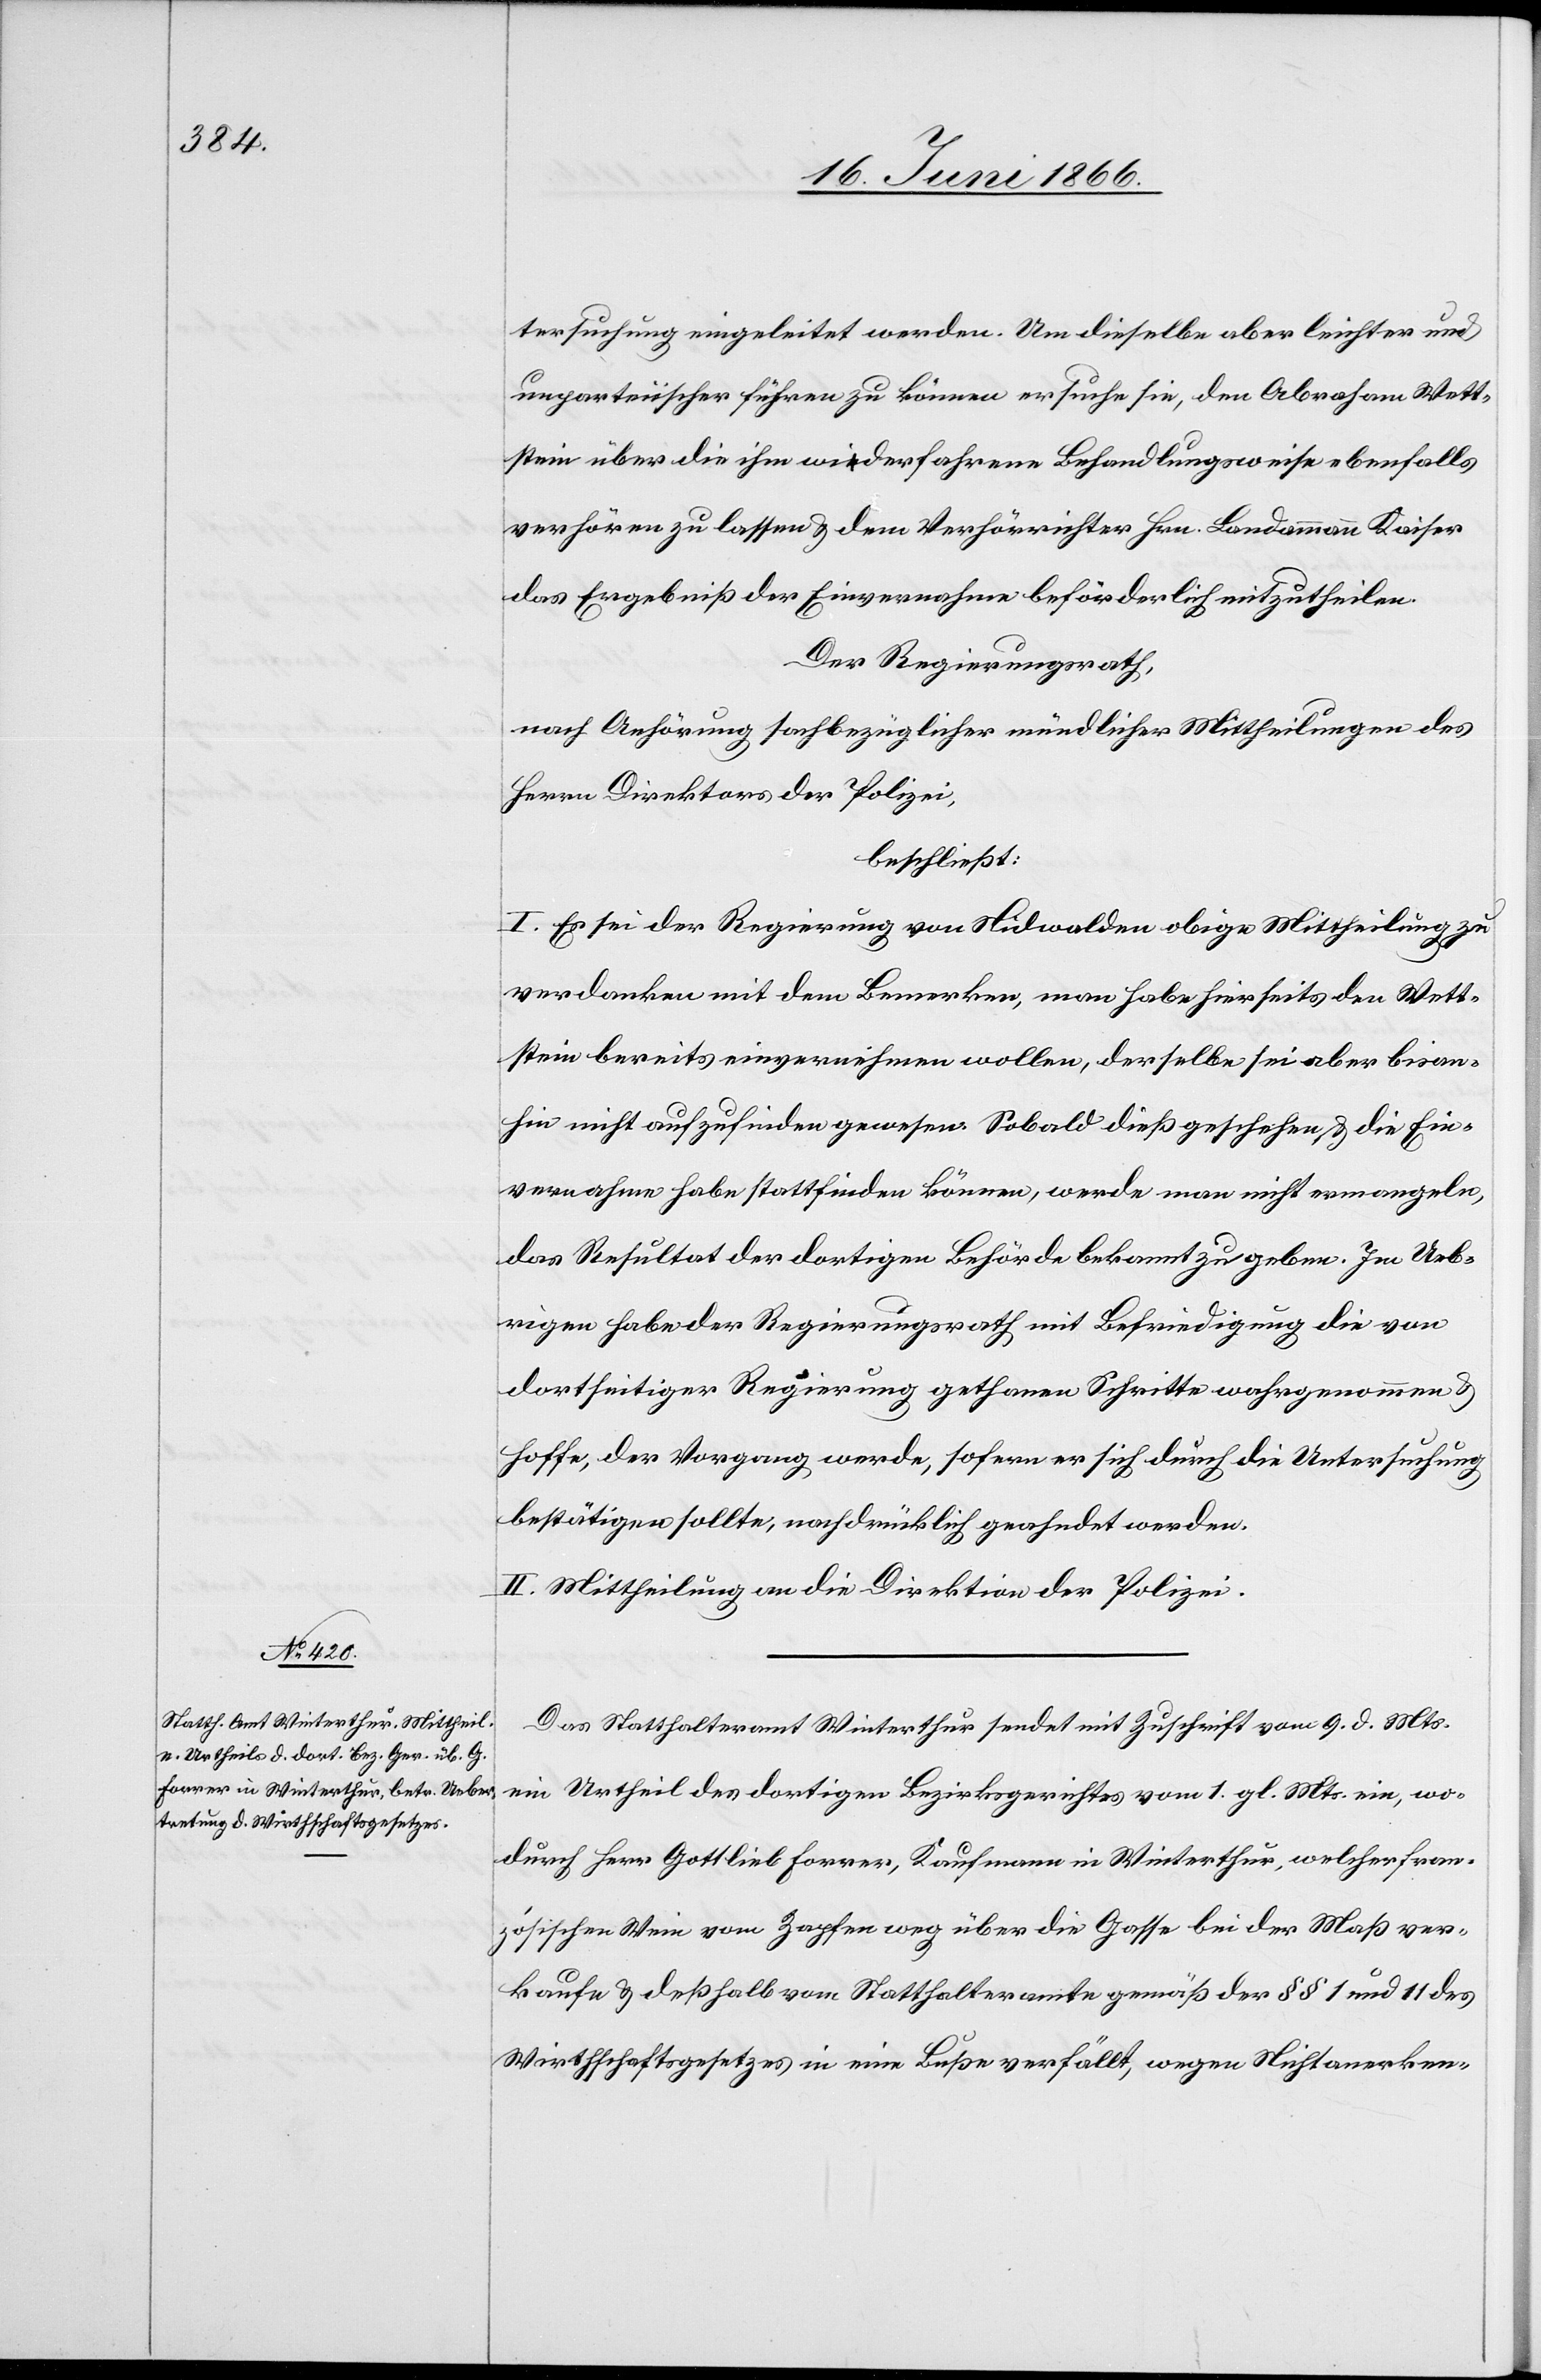
tersuchung eingeleitet werden. Um dieselbe aber leichter und
unparteiischer führen zu können ersuche sie, den Abraham Wett¬
stein über die ihm widerfahrene Behandlungsweise ebenfalls
verhören zu lassen u. dem Verhörrichter Hrn. Landammann Kaiser
das Ergebniß der Einvernahme beförderliche mitzutheilen.
Der Regierungsrath,
nach Anhörung sachbezüglicher mündlicher Mittheilungen des
Herrn Direktors der Polizei,
beschließt:
I. Es sei der Regierung von Nidwalden obige Mittheilung zu
verdanken mit dem Bemerken, man habe hierseits den Wett¬
stein bereits einvernehmen wollen, derselbe sei aber bis an¬
hin nicht aufzufinden gewesen. Sobald dieß geschehen u. die Ein¬
vernahme habe stattfinden können, werde man nicht ermangeln,
das Resultat der dortigen Behörde bekannt zu geben. Im Ueb¬
rigen habe der Regierungsrath mit Befriedigung die von
dortseitiger Regierung gethanen Schritte wahrgenommen u.
hoffe, der Vorgang werde, sofern er sich durch die Untersuchung
bestätigen sollte, nachdrücklich geahndet werden.
II. Mittheilung an die Direktion der Polizei.
Das Statthalteramt Winterthur sendet mit Zuschrift vom 9. d. Mts.
ein Urtheil des dortigen Bezirksgerichtes vom 1. gl. Mts. ein, wo¬
durch Herr Gottlieb Forrer, Kaufmann in Winterthur, welcher fran¬
zösischen Wein vom Zapfen weg über die Gasse bei der Maß ver¬
kaufe u. deßhalb vom Statthalteramte gemäß der § § 1 und 11 des
Wirthschaftsgesetzes in eine Buße verfällt, wegen Nichtanerken-